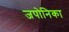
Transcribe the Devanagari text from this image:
जपोनिका